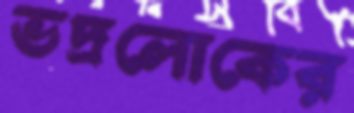
ভদ্রলোকের